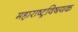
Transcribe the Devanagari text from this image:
महाराष्ट्रविषयक